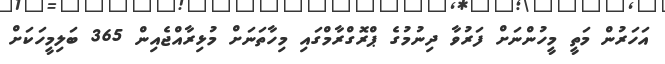
އަހަރުން މަތީ މީހުންނަށް ފަރުވާ ދިނުމުގެ ޕްރޮގްރާމްގައި މިހާތަނަށް މުޅިރާއްޖެއިން 365 ބަލިމީހަކަށް